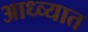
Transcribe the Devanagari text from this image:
आध्व्यात